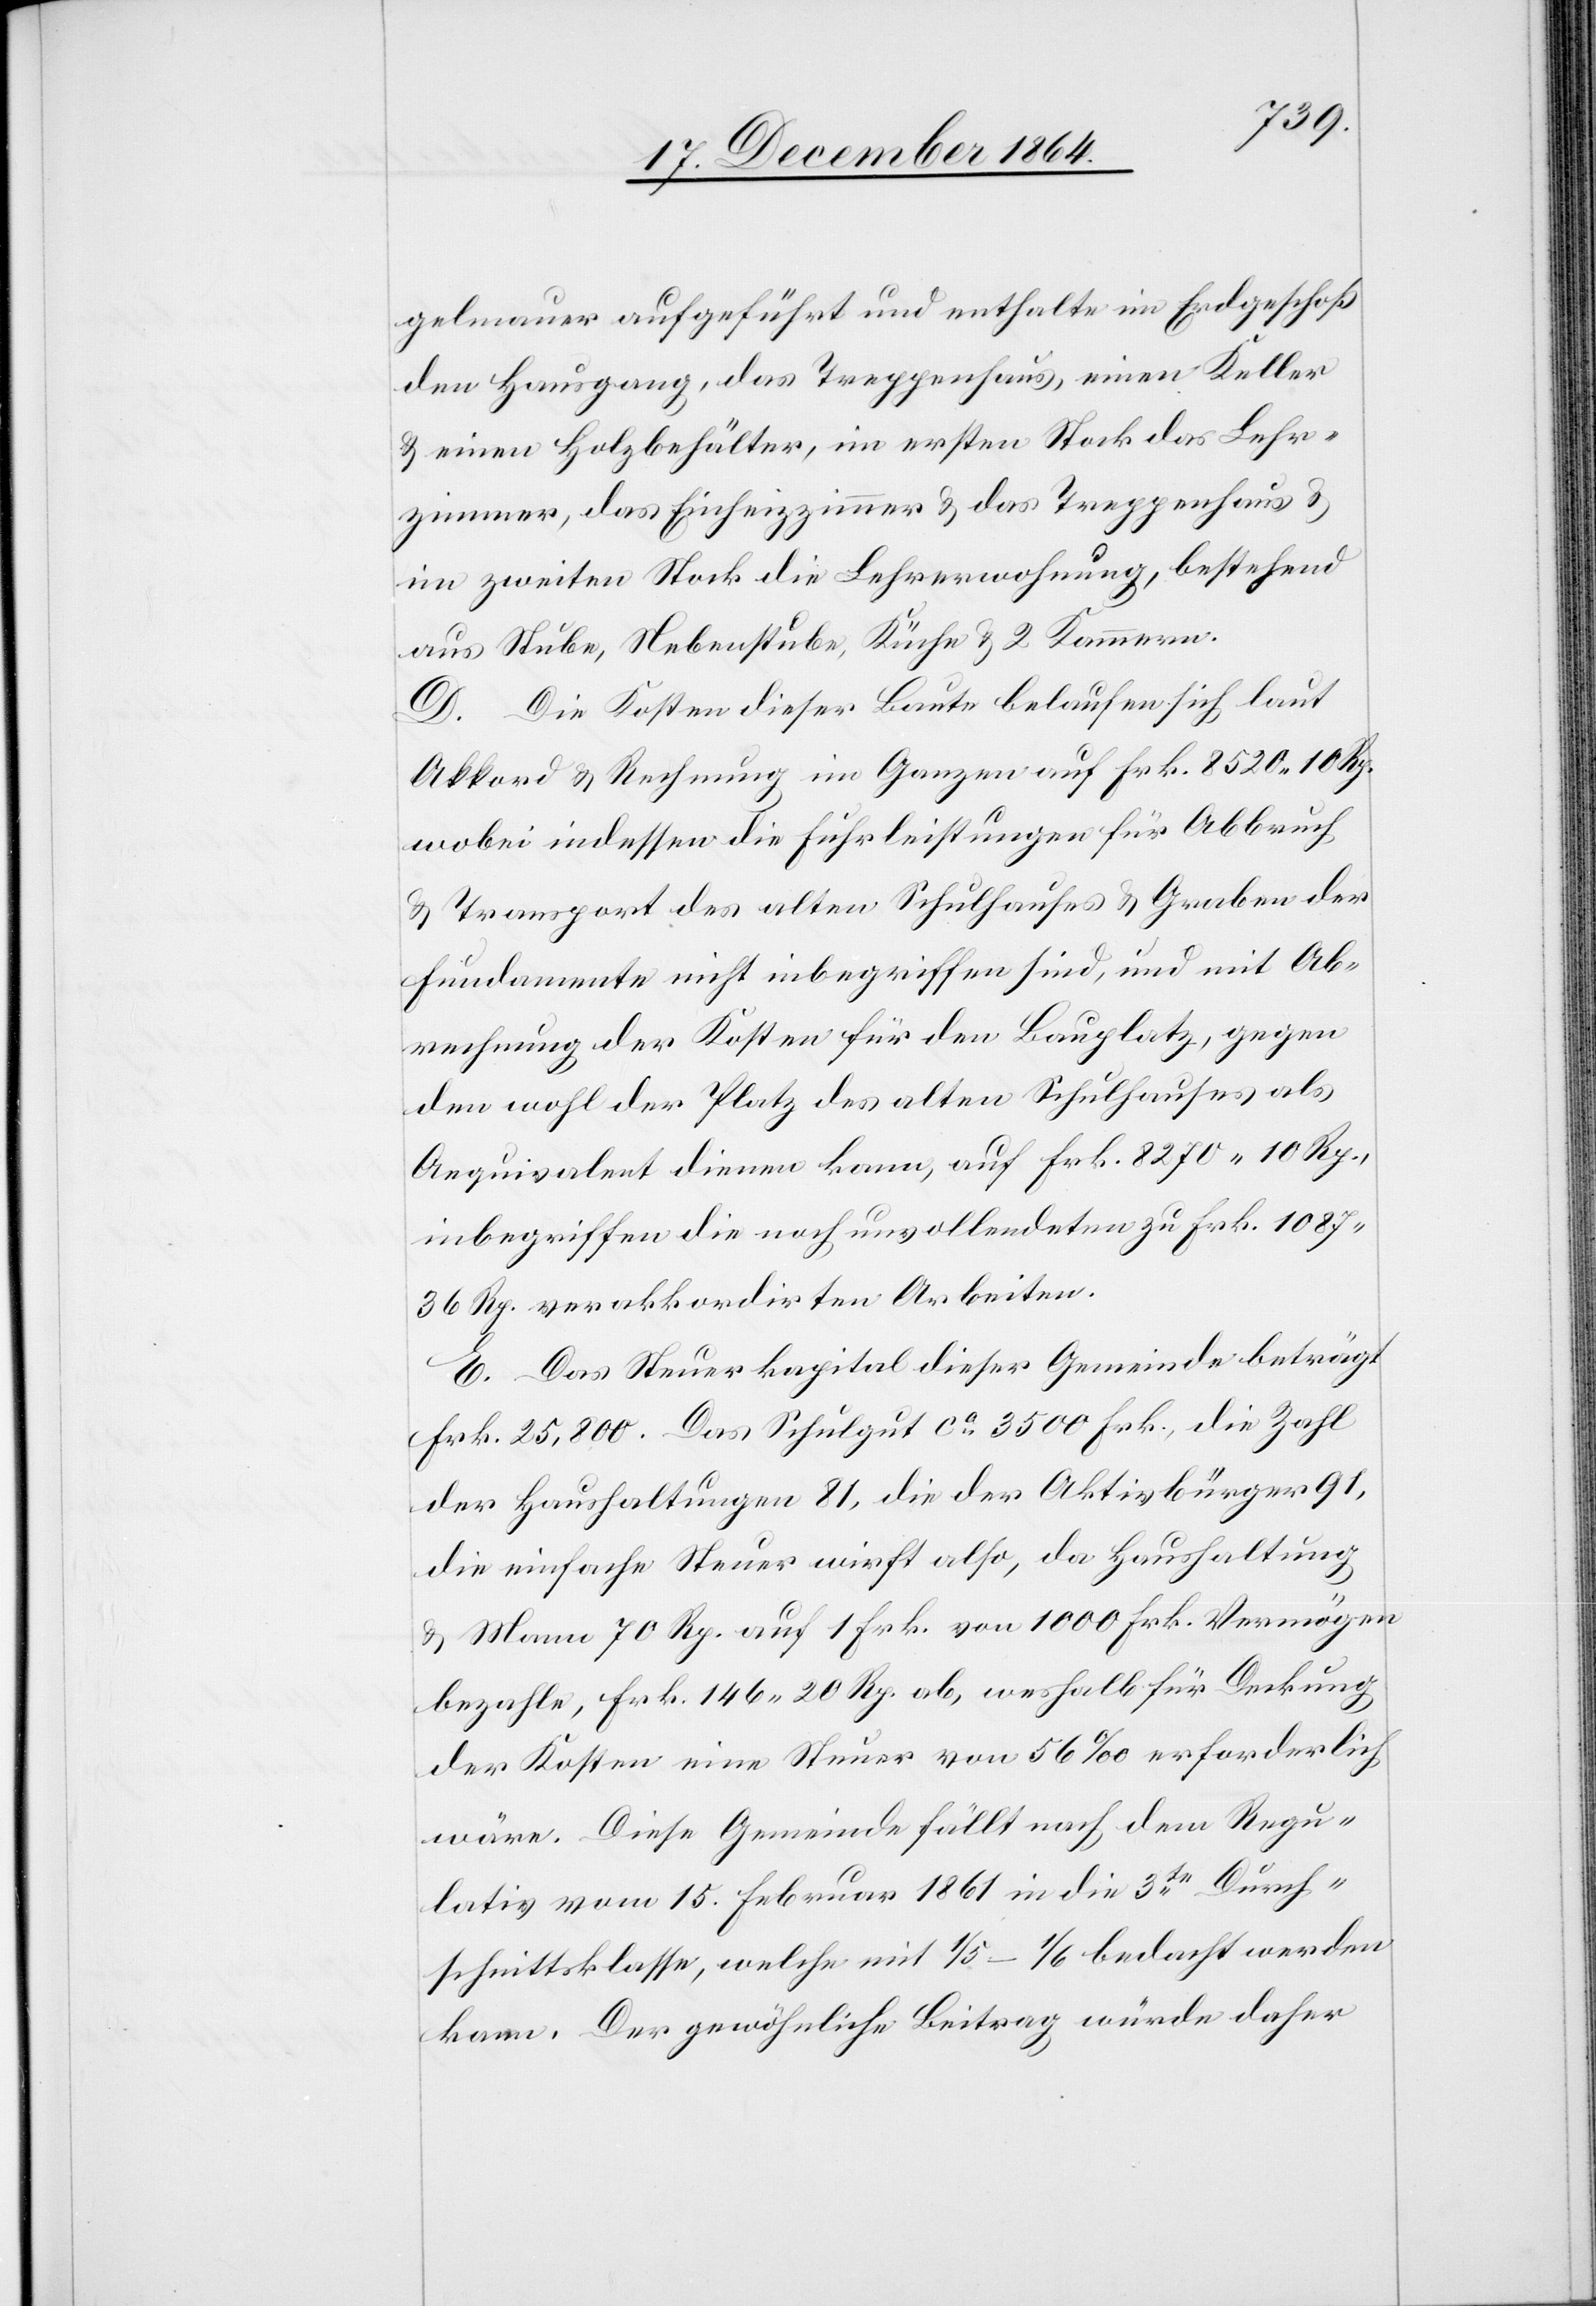
gelmauer aufgeführt und enthalte im Erdgeschoß
den Hausgang, das Treppenhaus, einen Keller
& einen Holzbehälter, im ersten Stock das Lehr¬
zimmer, das Einheizzimmer & das Treppenhaus &
im zweiten Stock die Lehrerwohnung, bestehend
aus Stube, Nebenstube, Küche & 2 Kammern.
D. Die Kosten dieser Baute belaufen sich laut
Akkord & Rechnung im Ganzen auf Frk. 8 520.10 Rp.
wobei indessen die Fuhrleistungen für Abbruch
& Transport des alten Schulhauses & Graben der
Fundamente nicht inbegriffen sind, und mit Ab¬
rechnung der Kosten für den Bauplatz, gegen
den wohl der Platz des alten Schulhauses als
Aequivalent dienen kann, auf Frk. 8 270.10 Rp.,
inbegriffen die noch unvollendeten zu Frk. 1
807.36 Rp. verakkordirten Arbeiten.
E. Das Steuerkapital dieser Gemeinde beträgt
Frk. 25,800. Das Schulgut ca 3 500 Frk., die Zahl
der Haushaltungen 81, die der Aktivbürger 91,
die einfache Steuer wirft also, da Haushaltung
& Mann 70 Rp. auf 1 Frk. von 1 000 Frk. Vermögen
bezahle, Frk. 146.20 Rp. ab, weshalb für Deckung
der Kosten eine Steuer von 56‰ erforderlich
wäre. Diese Gemeinde fällt nach dem Regu¬
lativ vom 15. Februar 1861 in die 3te Durch¬
schnittsklasse, welche mit 1/5–1/6 bedacht werden
kann. Der gewöhnliche Beitrag würde daher